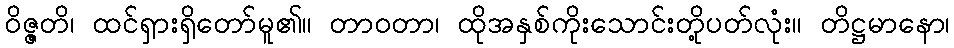
ဝိဇ္ဇတိ၊ ထင်ရှားရှိတော်မူ၏။ တာဝတာ၊ ထိုအနှစ်ကိုးသောင်းတို့ပတ်လုံး။ တိဋ္ဌမာနော၊